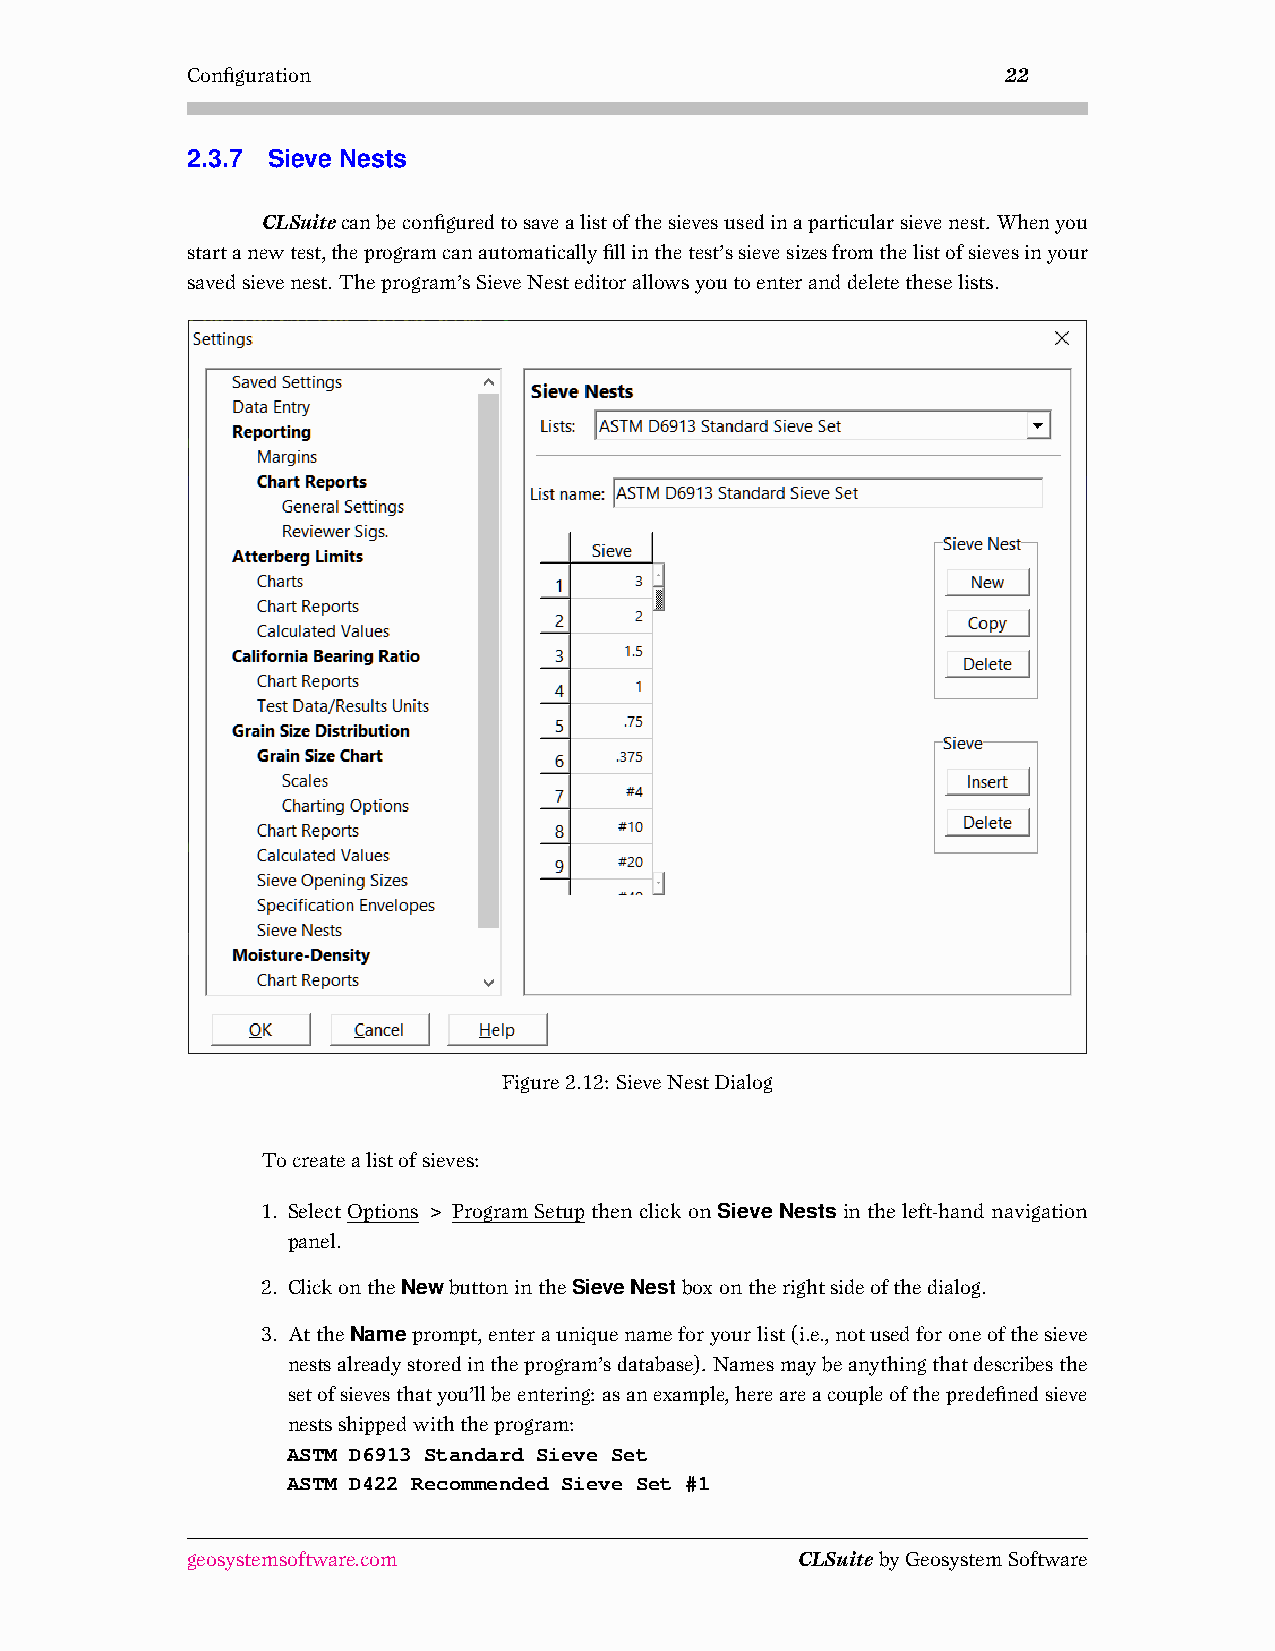
Configuration                                          22
 2.3.7 Sieve Nests
 CLSuitecanbeconfiguredtosavealistofthesievesusedinaparticularsievenest. Whenyou
 startanewtest,theprogramcanautomaticallyfillinthetest’ssievesizesfromthelistofsievesinyour
 savedsievenest. Theprogram’sSieveNesteditorallowsyoutoenteranddeletetheselists.
 Figure2.12: SieveNestDialog
 Tocreatealistofsieves:
 1. SelectOptions>ProgramSetupthenclickonSieve Nestsintheleft-handnavigation
 panel.
 2. ClickontheNewbuttonintheSieveNestboxontherightsideofthedialog.
 3. AttheNameprompt,enterauniquenameforyourlist(i.e.,notusedforoneofthesieve
 nestsalreadystoredintheprogram’sdatabase). Namesmaybeanythingthatdescribesthe
 setofsievesthatyou’llbeentering: asanexample,hereareacoupleofthepredefinedsieve
 nestsshippedwiththeprogram:
 ASTM D6913 Standard Sieve Set
 ASTM D422 Recommended Sieve Set #1
 geosystemsoftware.com                    CLSuitebyGeosystemSoftware